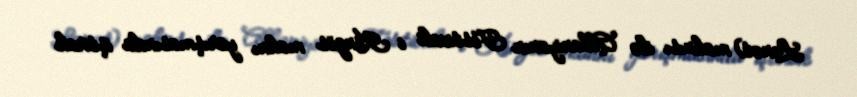
Lənət) mahnısı ilə Albaniyanın Festivali i Këngës mahnı yarışmasında iştirak